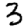
Digit: 3